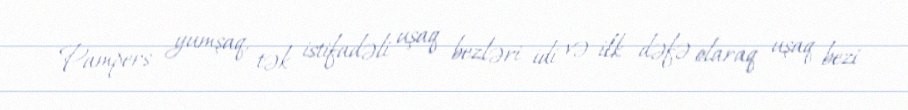
Pampers yumşaq, tək istifadəli uşaq bezləri idi və ilk dəfə olaraq uşaq bezi